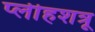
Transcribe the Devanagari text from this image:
प्लीहशत्रू